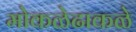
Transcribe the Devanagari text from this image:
मोकळेढाकळे